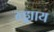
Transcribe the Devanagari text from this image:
न्ह्याय